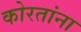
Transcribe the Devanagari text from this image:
कोरतांना